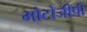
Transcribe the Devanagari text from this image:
मोटोजीपी